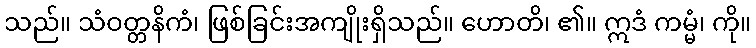
သည်။ သံဝတ္တနိကံ၊ ဖြစ်ခြင်းအကျိုးရှိသည်။ ဟောတိ၊ ၏။ ဣဒံ ကမ္မံ၊ ကို။